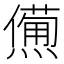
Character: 𤏹